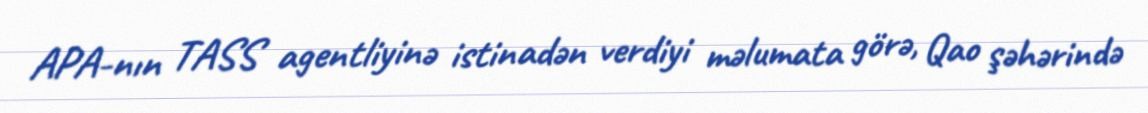
APA-nın TASS agentliyinə istinadən verdiyi məlumata görə, Qao şəhərində